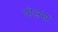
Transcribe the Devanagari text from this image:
योजगा